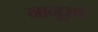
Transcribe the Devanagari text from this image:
नानूरण